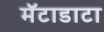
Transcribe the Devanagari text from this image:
मॅटाडाटा